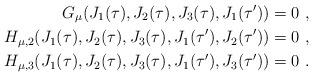
LaTeX: \begin{align*} G_\mu(J_1(\tau),J_2(\tau),J_3(\tau),J_1(\tau')) = 0 \ ,\\ H_{\mu,2}(J_1(\tau),J_2(\tau),J_3(\tau),J_1(\tau'),J_2(\tau')) = 0 \ ,\\ H_{\mu,3}(J_1(\tau),J_2(\tau),J_3(\tau),J_1(\tau'),J_3(\tau')) = 0 \ . \end{align*}